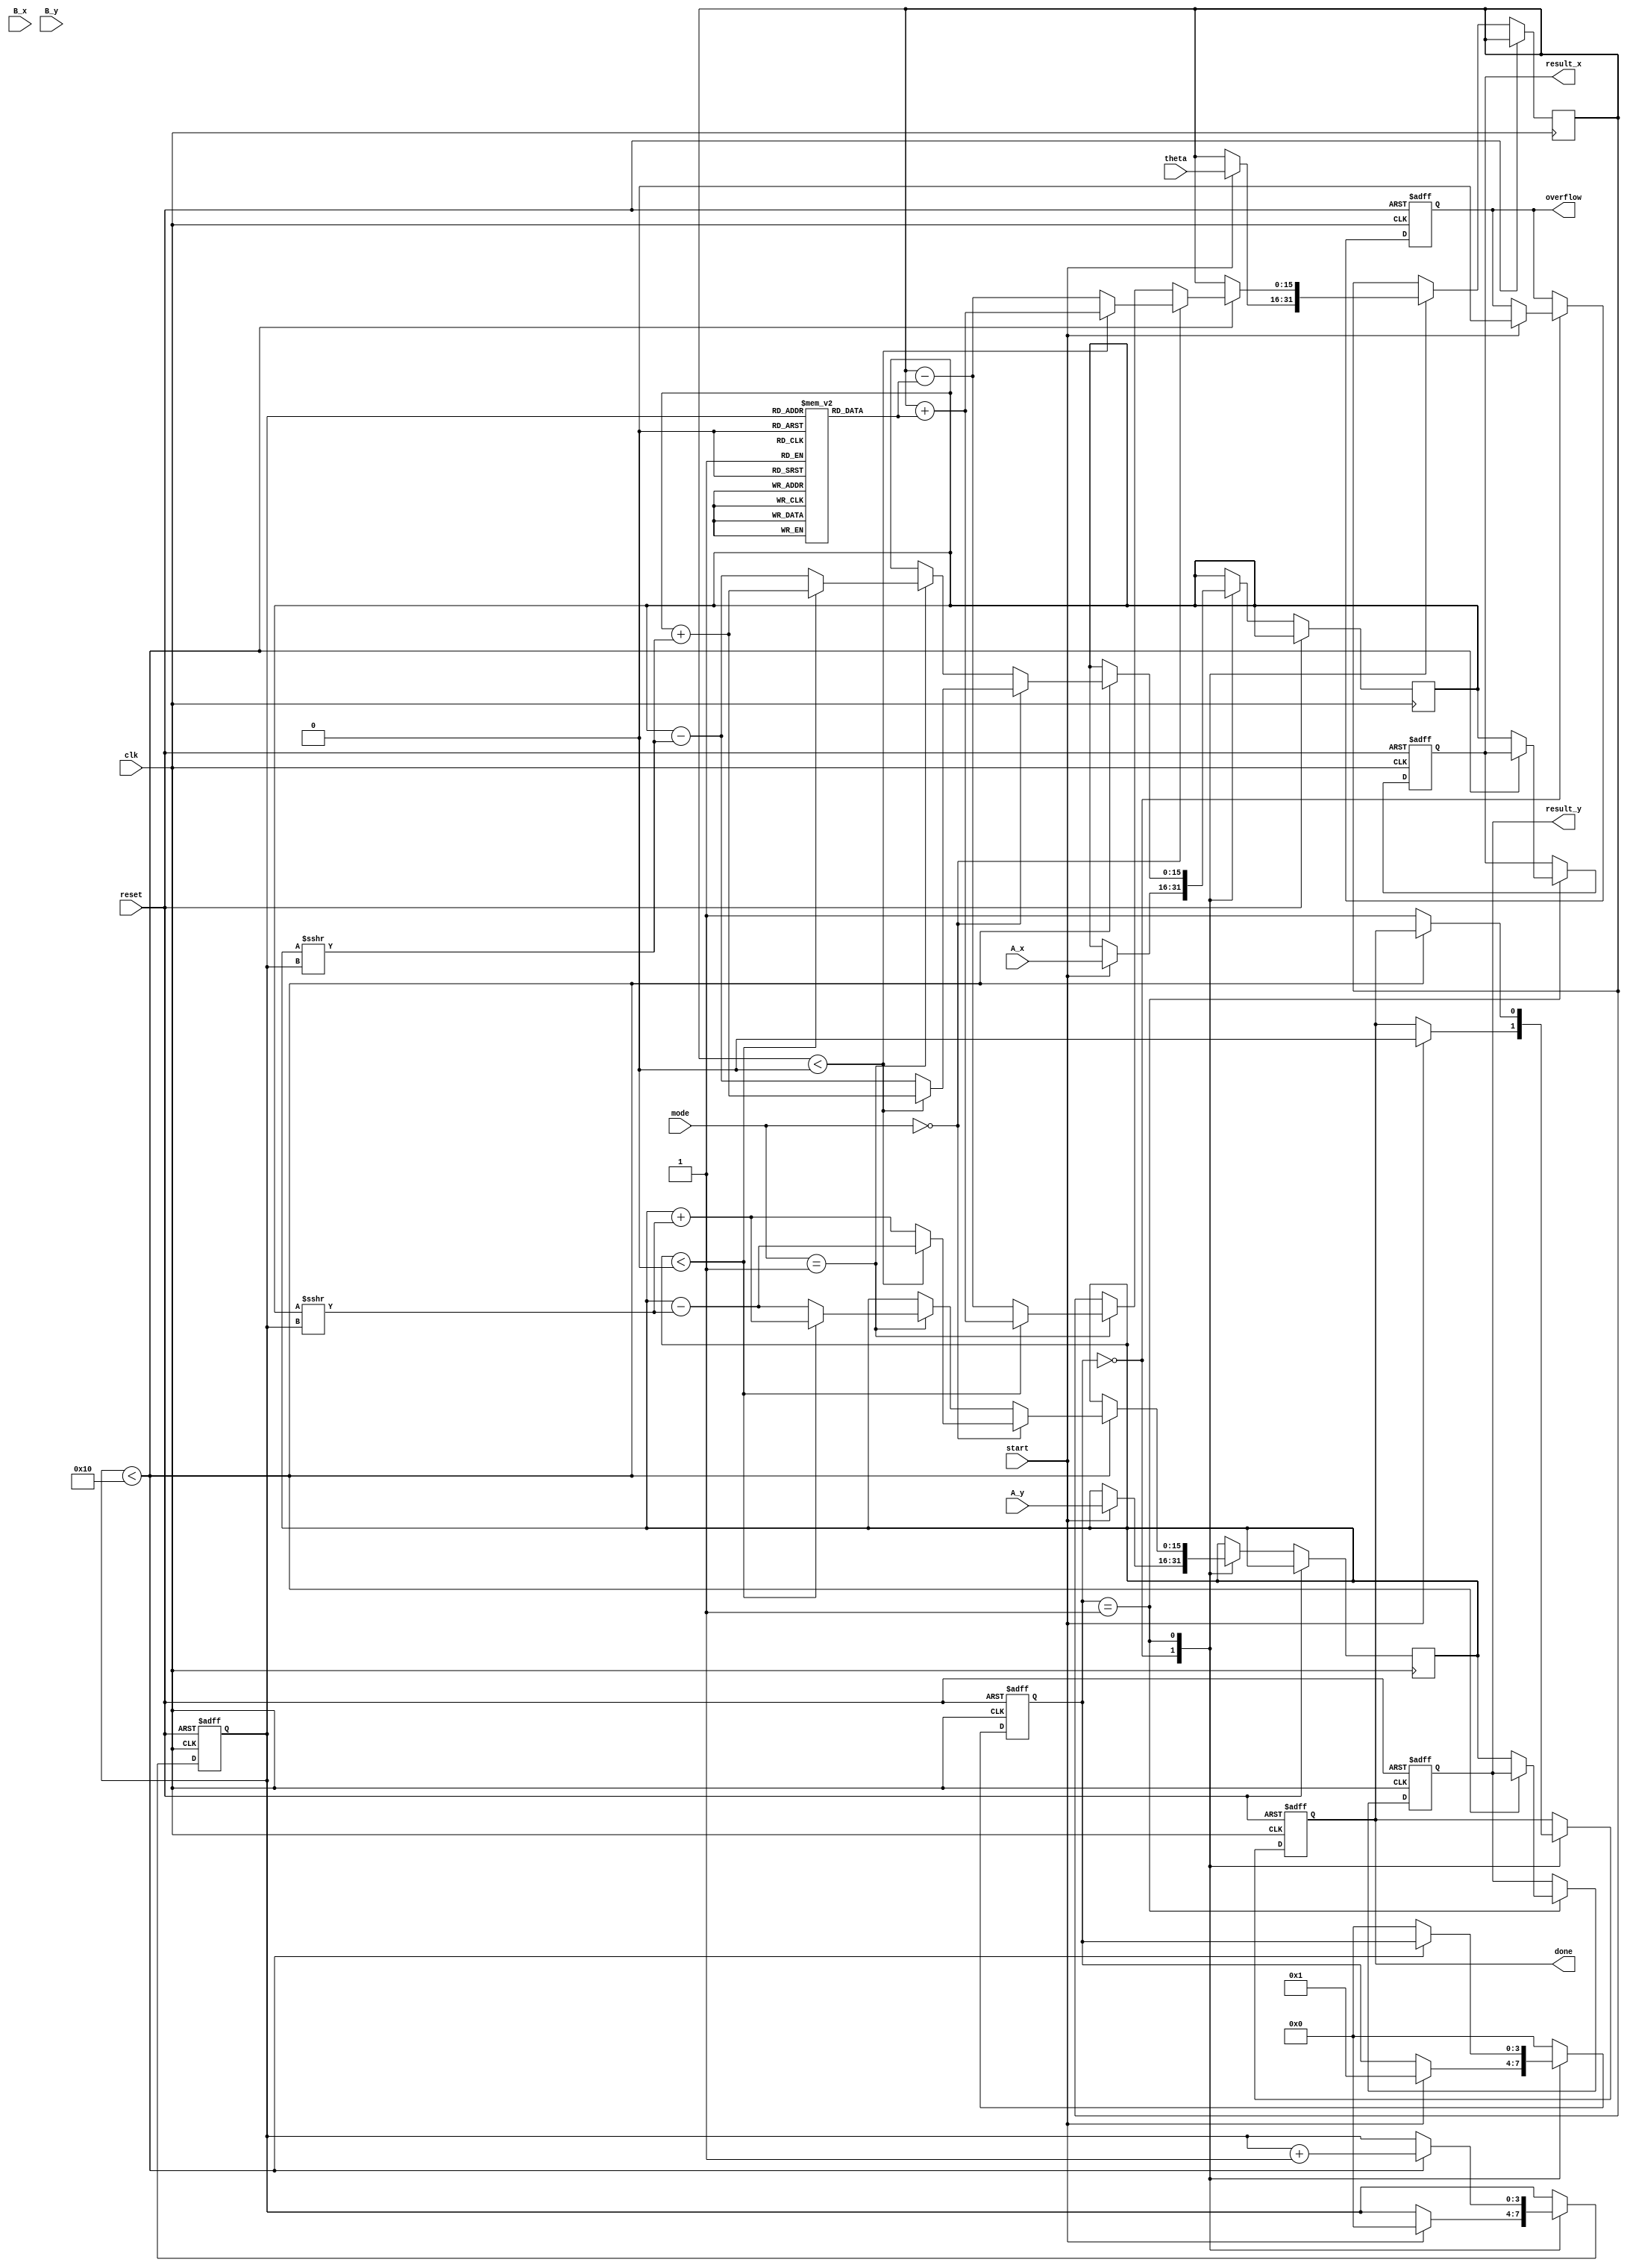
module cordic_arithmetic_block (
    input wire clk,
    input wire reset,
    input wire [15:0] A_x,      // Fixed-point representation of vector A x-component
    input wire [15:0] A_y,      // Fixed-point representation of vector A y-component
    input wire [15:0] B_x,      // Fixed-point representation of vector B x-component
    input wire [15:0] B_y,      // Fixed-point representation of vector B y-component
    input wire [15:0] theta,     // Angle for rotation
    input wire [1:0] mode,       // Operation mode: 00 - Rotation, 01 - Vectoring
    input wire start,             // Start signal for operation
    output reg [15:0] result_x,  // Resultant vector x-component
    output reg [15:0] result_y,  // Resultant vector y-component
    output reg done,              // Operation completion signal
    output reg overflow           // Overflow detection signal
);

    // CORDIC constants
    parameter NUM_ITERATIONS = 16; // Number of iterations for the CORDIC algorithm
    reg [15:0] x, y, z;             // Internal variables for CORDIC processing
    reg [3:0] state;                // State variable for FSM
    reg [3:0] iteration;            // Current iteration count
    reg signed [15:0] angle_table [0:NUM_ITERATIONS-1]; // Angle lookup table

    // Initialize angle table (precomputed values)
    initial begin
        angle_table[0] = 16'h2000; // atan(2^-0)
        angle_table[1] = 16'h1000; // atan(2^-1)
        angle_table[2] = 16'h0800; // atan(2^-2)
        angle_table[3] = 16'h0400; // atan(2^-3)
        angle_table[4] = 16'h0200; // atan(2^-4)
        angle_table[5] = 16'h0100; // atan(2^-5)
        angle_table[6] = 16'h0080; // atan(2^-6)
        angle_table[7] = 16'h0040; // atan(2^-7)
        angle_table[8] = 16'h0020; // atan(2^-8)
        angle_table[9] = 16'h0010; // atan(2^-9)
        angle_table[10] = 16'h0008; // atan(2^-10)
        angle_table[11] = 16'h0004; // atan(2^-11)
        angle_table[12] = 16'h0002; // atan(2^-12)
        angle_table[13] = 16'h0001; // atan(2^-13)
        angle_table[14] = 16'h0000; // atan(2^-14)
        angle_table[15] = 16'hFFFF; // atan(2^-15)
    end

    // FSM for control
    always @(posedge clk or posedge reset) begin
        if (reset) begin
            state <= 0;
            done <= 0;
            overflow <= 0;
            iteration <= 0;
            result_x <= 0;
            result_y <= 0;
        end else begin
            case (state)
                0: begin // Idle state
                    if (start) begin
                        x <= A_x;
                        y <= A_y;
                        z <= theta;
                        iteration <= 0;
                        state <= 1;
                        done <= 0;
                        overflow <= 0;
                    end
                end
                1: begin // CORDIC processing
                    if (iteration < NUM_ITERATIONS) begin
                        // CORDIC rotation or vectoring logic
                        if (mode == 2'b00) begin // Rotation
                            if (z < 0) begin
                                x <= x + (y >>> iteration);
                                y <= y - (x >>> iteration);
                                z <= z + angle_table[iteration];
                            end else begin
                                x <= x - (y >>> iteration);
                                y <= y + (x >>> iteration);
                                z <= z - angle_table[iteration];
                            end
                        end else if (mode == 2'b01) begin // Vectoring
                            if (y < 0) begin
                                x <= x + (y >>> iteration);
                                y <= y + (x >>> iteration);
                                z <= z + angle_table[iteration];
                            end else begin
                                x <= x - (y >>> iteration);
                                y <= y - (x >>> iteration);
                                z <= z - angle_table[iteration];
                            end
                        end
                        iteration <= iteration + 1;
                    end else begin
                        // Operation complete
                        result_x <= x;
                        result_y <= y;
                        done <= 1;
                        state <= 0;
                    end
                end
                default: state <= 0;
            endcase
        end
    end

endmodule